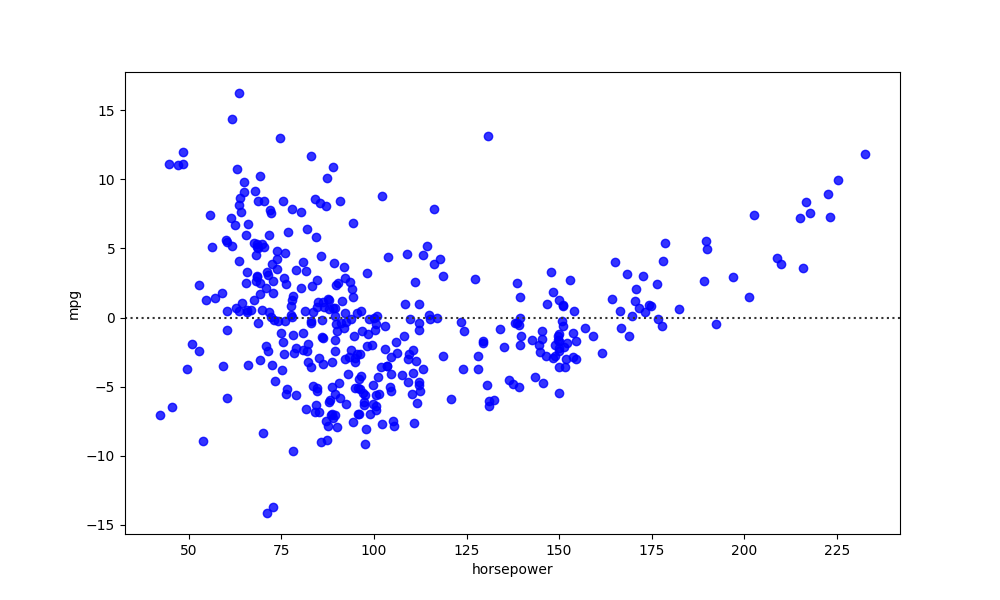
python, seaborn, residplot, lowess=False, scatter_color=blue